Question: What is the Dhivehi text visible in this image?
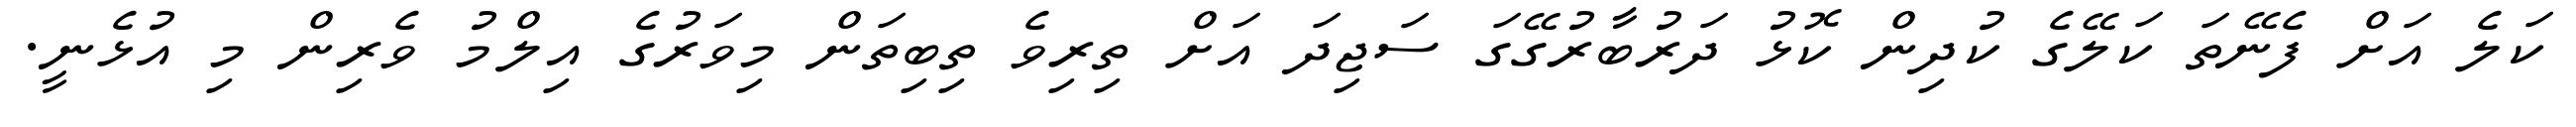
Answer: ކަލެ އަށް ފެނޭތަ ކަލޭގެ ކުދިން ކޮޅު ދަރުބާރުގޭގަ ސަޖިދަ އަށް ތިރިވެ ތިބިތަން މިވަރުގެ އިލްމު ވެރިން މި އުޅެނީ.